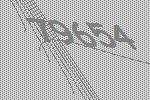
79654